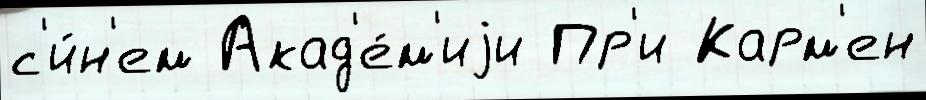
с'и́н'ем Акад'е́м'иjи Пр'и Карм'ен